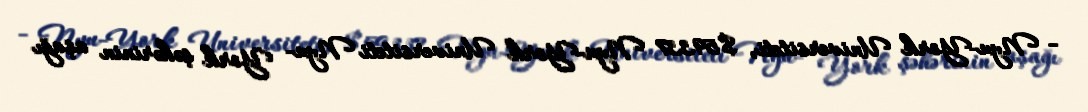
- Nyu-York Universiteti, $59337 Nyu-York Universiteti Nyu- York şəhərinin aşağı